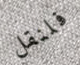
فلنقل